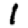
Digit: 1